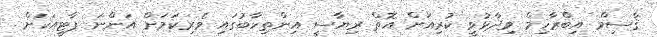
ޤާސިމް އިބްރާހިމް ވިދާޅުވީ ކުރިއަށް އޮތް ރިޔާސީ އިންތިހާބުގައި ވެރިކަމަށް އަންނަ ޕާޓީއަކަށް